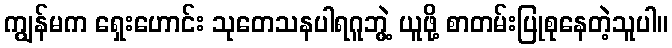
ကျွန်မက ရှေးဟောင်း သုတေသနပါရဂူဘွဲ့ ယူဖို့ စာတမ်းပြုစုနေတဲ့သူပါ။